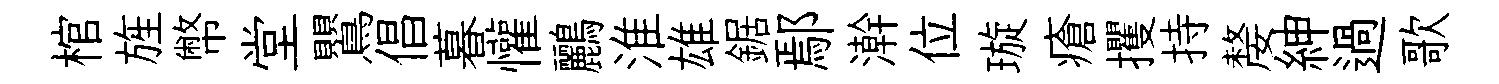
棺旌幣堂鸎倡暮懽鸝淮雄鋸鄢澣位璇瘡攫持嫠紳過歌